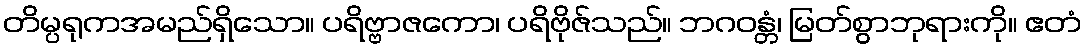
တိမ္ပရုကအမည်ရှိသော။ ပရိဗ္ဗာဇကော၊ ပရိဗိုဇ်သည်။ ဘဂဝန္တံ၊ မြတ်စွာဘုရားကို။ ဧတံ